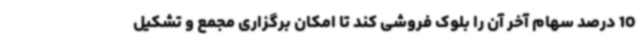
10 درصد سهام آخر آن را بلوک فروشی کند تا امکان برگزاری مجمع و تشکیل